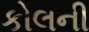
કોલની